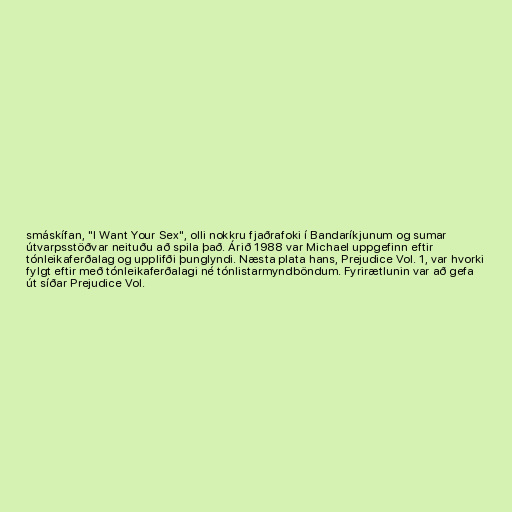
smáskífan, "I Want Your Sex", olli nokkru fjaðrafoki í Bandaríkjunum og sumar
útvarpsstöðvar neituðu að spila það. Árið 1988 var Michael uppgefinn eftir
tónleikaferðalag og upplifði þunglyndi. Næsta plata hans, Prejudice Vol. 1, var hvorki
fylgt eftir með tónleikaferðalagi né tónlistarmyndböndum. Fyrirætlunin var að gefa
út síðar Prejudice Vol.